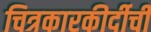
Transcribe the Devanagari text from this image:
चित्रकारकीर्दीची